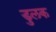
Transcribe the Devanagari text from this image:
डुलक